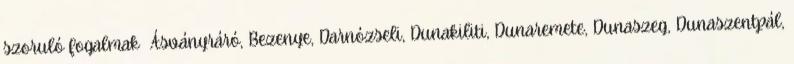
szoruló fogalmak ▪Ásványráró, Bezenye, Darnózseli, Dunakiliti, Dunaremete, Dunaszeg, Dunaszentpál,